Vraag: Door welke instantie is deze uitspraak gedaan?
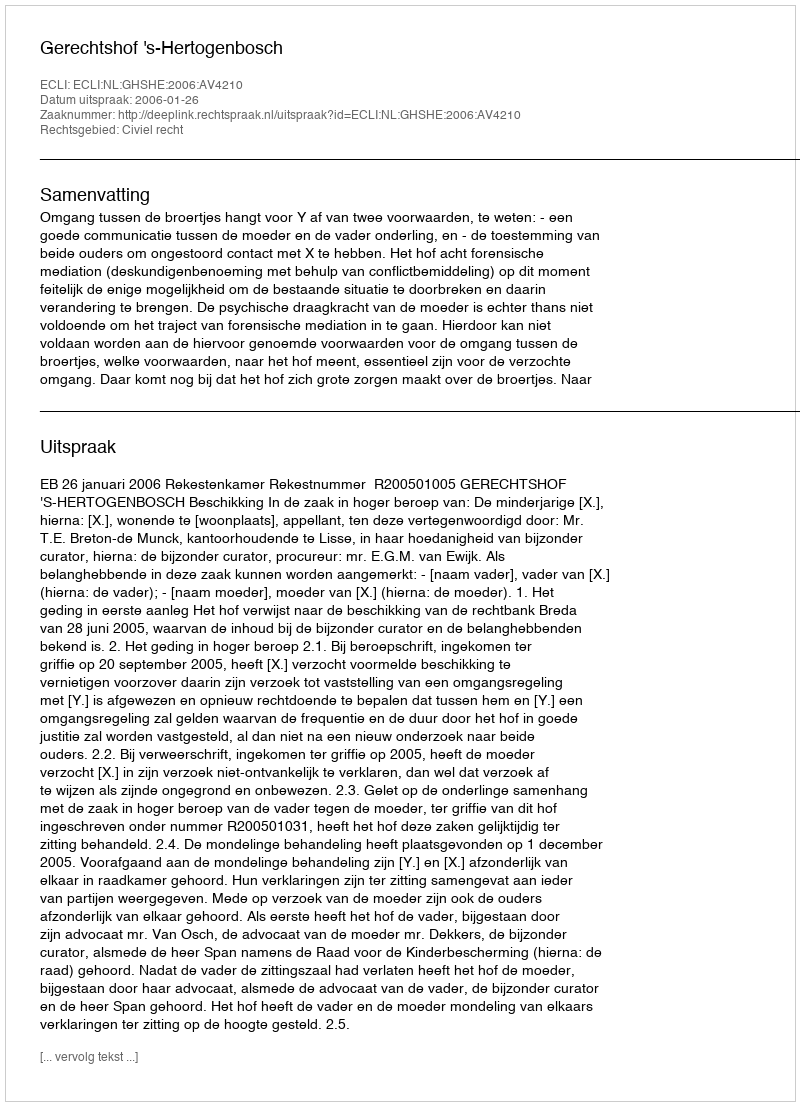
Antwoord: Gerechtshof 's-Hertogenbosch